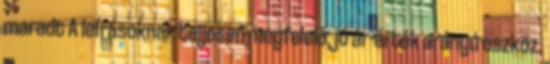
maradt A leírásoknak teljesen megfelelő, jó ár-érték arányú eszköz.